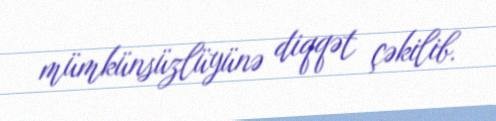
mümkünsüzlüyünə diqqət çəkilib.